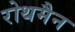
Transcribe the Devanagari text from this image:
रोथमैन